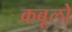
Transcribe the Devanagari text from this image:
कबूलो